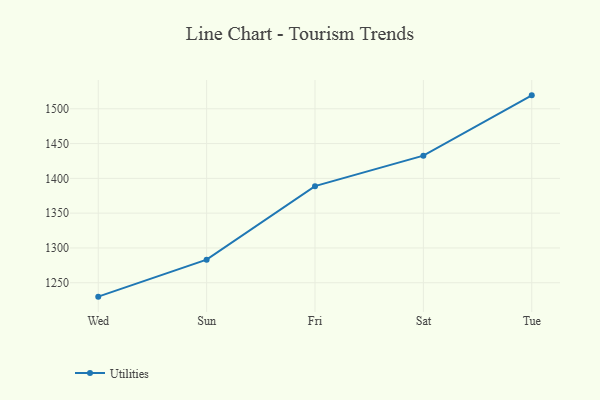
{"axis": {"x": "Day", "y": "Budget (USD K)"}, "legend": ["Utilities"], "data": [{"x": "Wed", "y": 1230.0, "type": "Utilities"}, {"x": "Sun", "y": 1283.1, "type": "Utilities"}, {"x": "Fri", "y": 1388.8, "type": "Utilities"}, {"x": "Sat", "y": 1432.6, "type": "Utilities"}, {"x": "Tue", "y": 1519.3, "type": "Utilities"}]}